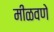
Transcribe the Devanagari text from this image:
मीळवणे